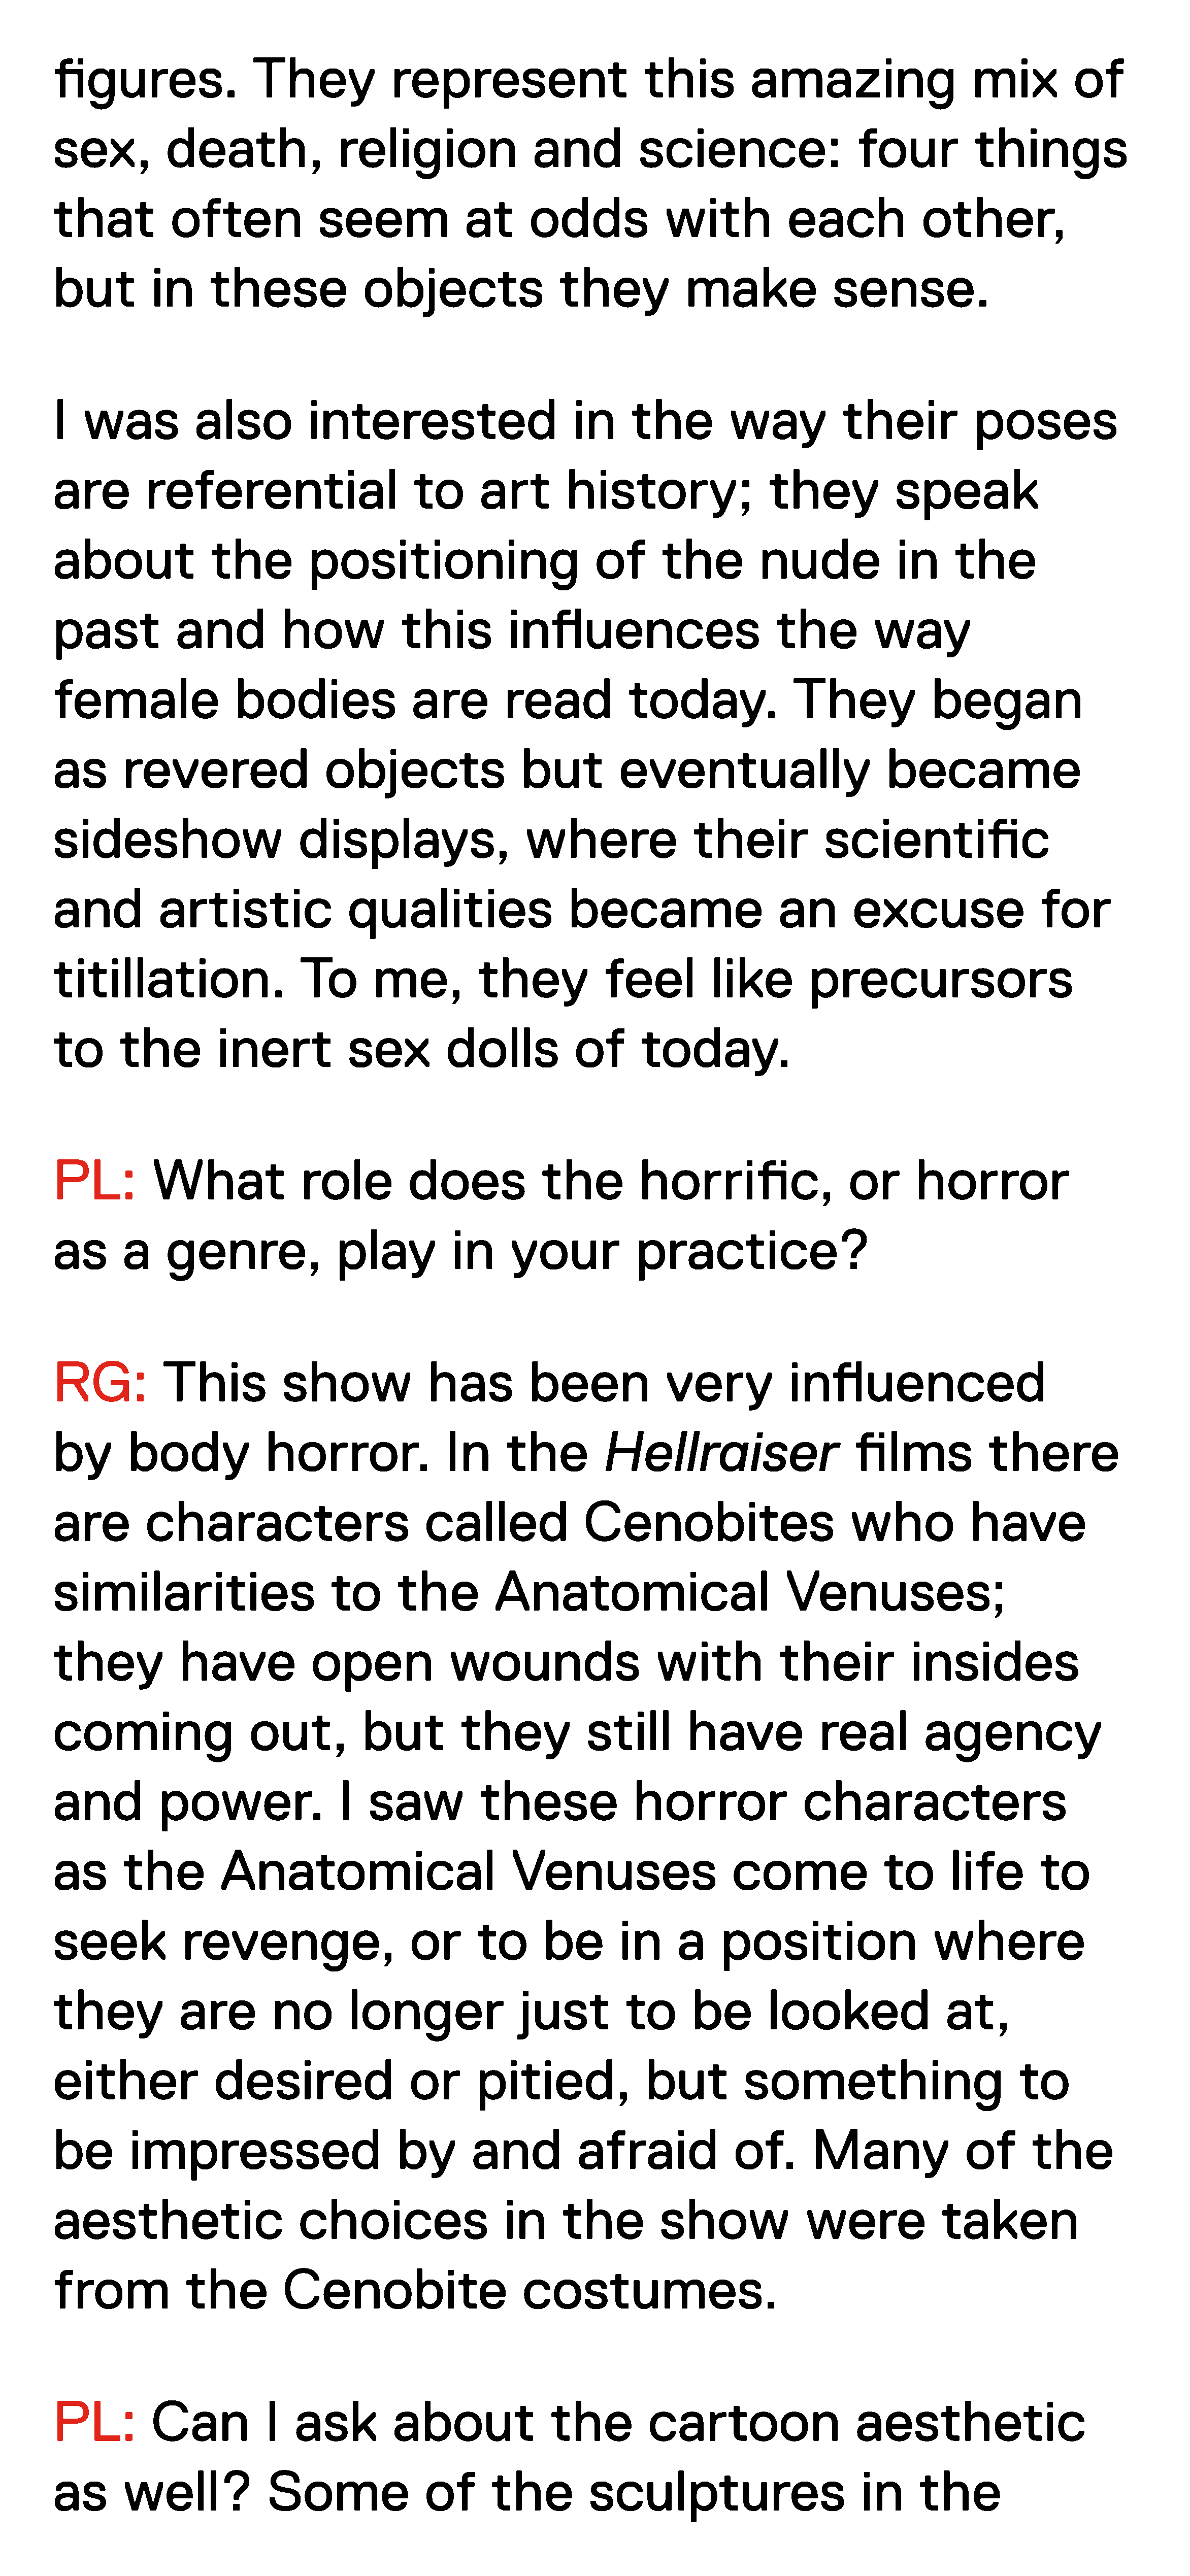
figures.                  They              represent                        this          amazing                      mix          of
 sex,           death,                religion                 and           science:                     four           things
 that           often              seem                at      odds              with            each             other,
 but          in     these               objects                   they            make                sense.
 I   was           also           interested                         in     the          way            their            poses
 are         referential                        to       art        history;                  they             speak
 about               the          positioning                           of      the          nude              in     the
 past            and           how            this          influences                         the          way
 female                  bodies                 are         read            today.               They              began
 as       revered                   objects                   but          eventually                         became
 sideshow                        displays,                    where                 their            scientific
 and           artistic                qualities                    became                     an        excuse                   for
 titillation.                    To        me,          they             feel          like        precursors
 to       the         inert            sex          dolls            of       today.
 PL:          What               role          does              the         horrific,                   or      horror
 as       a     genre,                play           in     your             practice?
 RG:           This            show               has          been              very            influenced
 by        body              horror.                In      the          Hellraiser                      films             there
 are         characters                          called               Cenobites                          who            have
 similarities                        to       the         Anatomical                            Venuses;
 they            have              open              wounds                    with             their            insides
 coming                    out,          but          they            still         have             real         agency
 and           power.                 I   saw            these               horror                characters
 as       the          Anatomical                            Venuses                     come                to       life        to
 seek             revenge,                     or       to       be        in     a     position                    where
 they            are         no        longer                 just          to      be        looked                 at,
 either               desired                  or       pitied,               but          something                           to
 be        impressed                          by       and           afraid               of.       Many                of      the
 aesthetic                       choices                    in     the          show               were              taken
 from             the          Cenobite                       costumes.
 PL:          Can            I  ask          about                the          cartoon                    aesthetic
 as       well?              Some                of       the          sculptures                         in      the